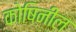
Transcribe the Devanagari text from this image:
कोषिनील